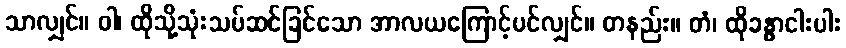
သာလျှင်။ ဝါ၊ ထိုသို့သုံးသပ်ဆင်ခြင်သော အာလယကြောင့်ပင်လျှင်။ တနည်း။ တံ၊ ထိုခန္ဓာငါးပါး